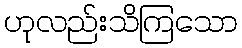
ဟုလည်းသိကြသော